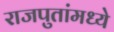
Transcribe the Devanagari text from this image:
राजपुतांमध्ये